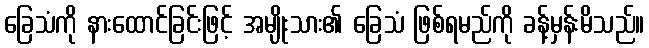
ခြေသံကို နားထောင်ခြင်းဖြင့် အမျိုးသား၏ ခြေသံ ဖြစ်ရမည်ကို ခန့်မှန်းမိသည်။